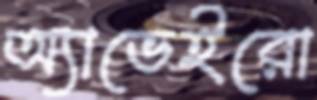
অ্যাভেইরো